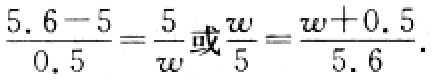
$\frac{5.6 - 5}{0.5} = \frac{5}{w}或\frac{w}{5} = \frac{w + 0.5}{5.6}.$